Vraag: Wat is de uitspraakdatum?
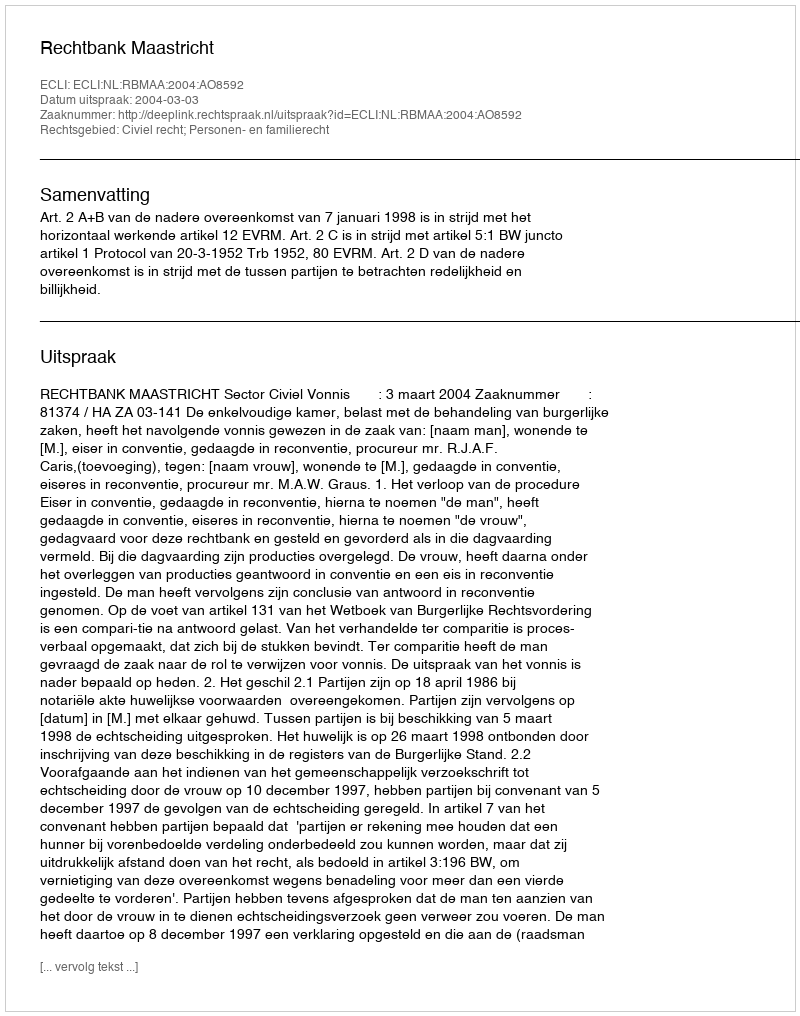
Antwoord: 2004-03-03